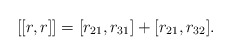
\begin{align*}[[r,r]]=[r_{21},r_{31}]+[r_{21},r_{32}].\end{align*}